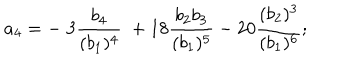
a _ { 4 } = - \; 3 { \frac { b _ { 4 } } { ( b _ { 1 } ) ^ { 4 } } } \; + 1 8 { \frac { b _ { 2 } b _ { 3 } } { ( b _ { 1 } ) ^ { 5 } } } - 2 0 { \frac { ( b _ { 2 } ) ^ { 3 } } { ( b _ { 1 } ) ^ { 6 } } } ;